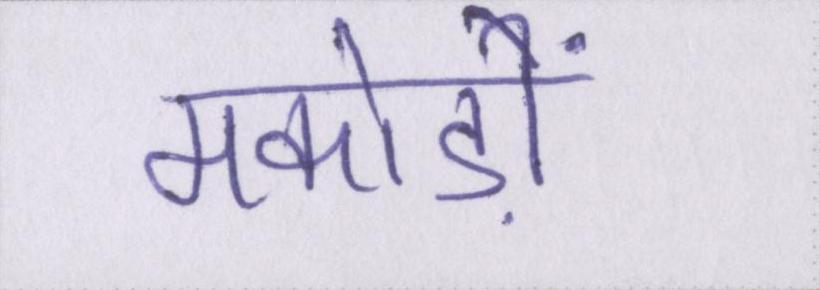
मकोड़ों